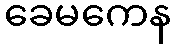
ခေမကေန